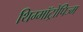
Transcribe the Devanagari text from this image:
थिग्मॉट्रोपिज्म